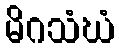
မိဂသံဃံ